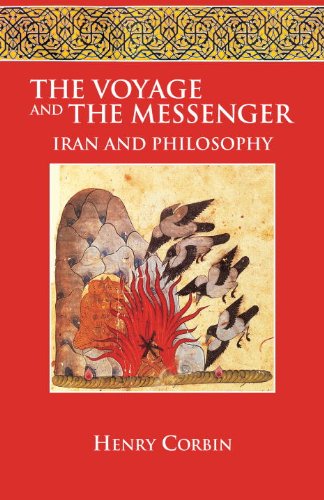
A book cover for The Voyage and the Messenger: Iran and Philosophy; Henry Corbin; Religion & Spirituality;